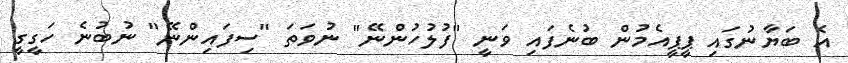
އެ ބަޔާނުގައި ޕީޕީއެމުން ބުނެފައި ވަނީ "ފުލުހުންނޭ" ނުވަތަ "ސިފައިންނޭ" ނުބުނެ ހަގީގީ